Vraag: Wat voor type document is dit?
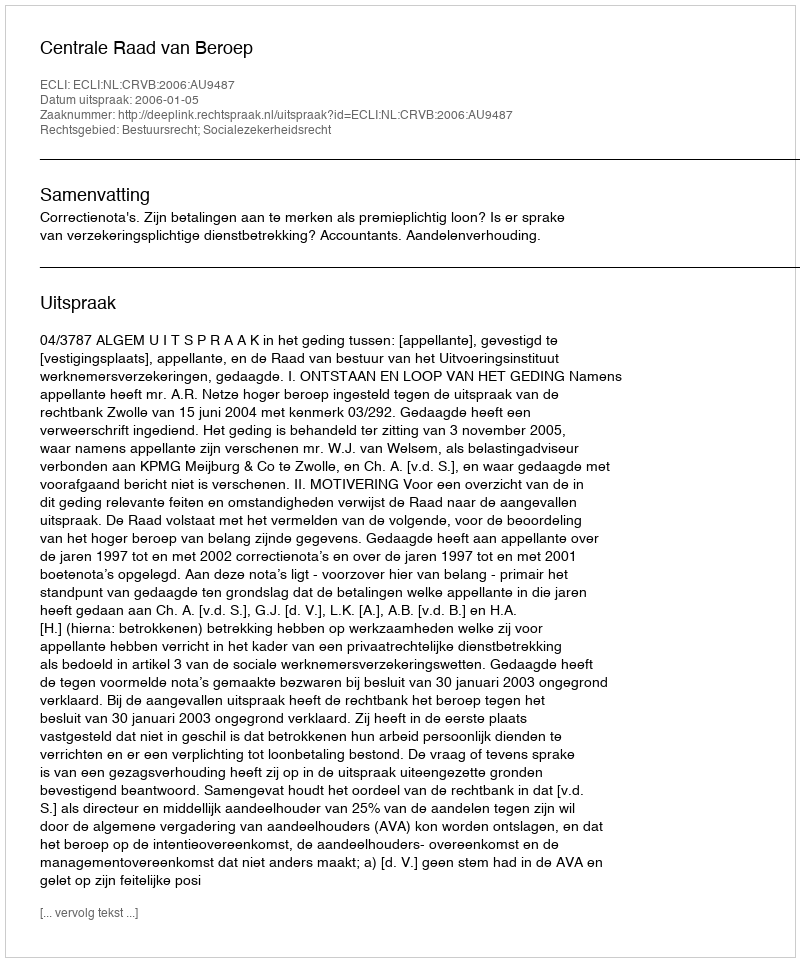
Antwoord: Uitspraak